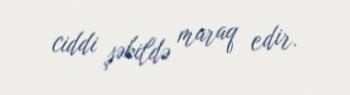
ciddi şəkildə maraq edir.